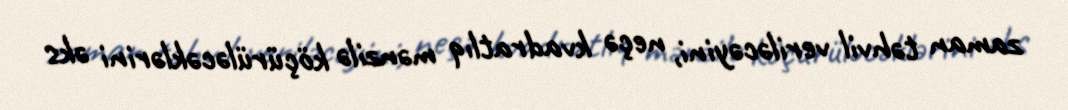
zaman təhvil veriləcəyini, neçə kvadratlıq mənzilə köçürüləcəklərini əks